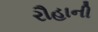
રૌહાની